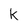
Character: k